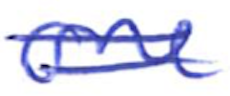
Text: one
Cross-out: double-line
Writing tool: ballpoint